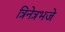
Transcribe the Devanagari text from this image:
त्रिनेत्रभजे